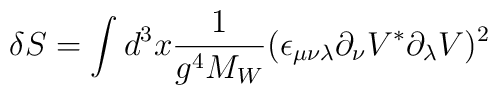
\delta S=\int d^3x {1\over g^4 M_W} (\epsilon_{\mu\nu\lambda}\partial_\nu V^*\partial_\lambda V)^2